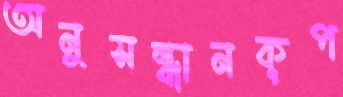
অনুসন্ধানকূপ